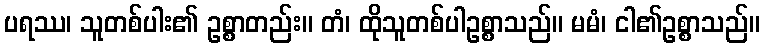
ပရဿ၊ သူတစ်ပါး၏ ဥစ္စာတည်း။ တံ၊ ထိုသူတစ်ပါဥစ္စာသည်။ မမံ၊ ငါ၏ဥစ္စာသည်။